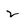
Character: 2